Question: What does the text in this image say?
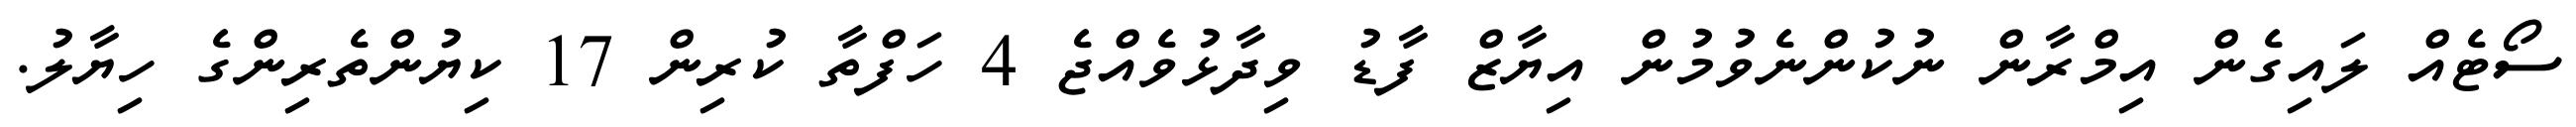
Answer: ސޯޓެއް ލައިގެން އިމްރާން ނުކުންނެވުމުން އިޔާޒް ފާޑު ވިދާޅުވެއްޖެ 4 ހަފްތާ ކުރިން 17 ކިޔުންތެރިންގެ ހިޔާލު.